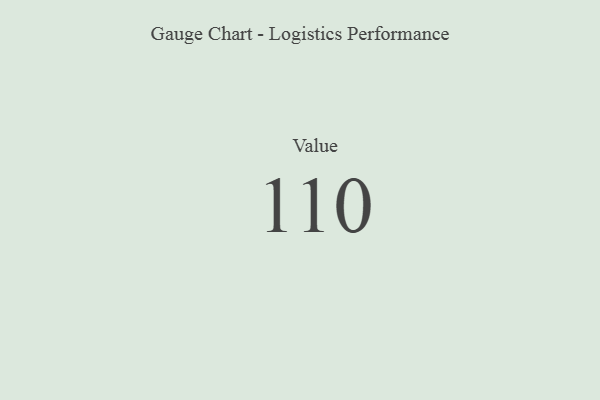
{"axis": {"x": "Metric", "y": "Value"}, "legend": [""], "data": [{"x": "Value", "y": 110, "type": ""}]}